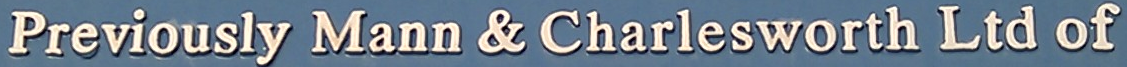
Previously Mann & Charlesworth Ltd of